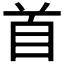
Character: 首